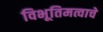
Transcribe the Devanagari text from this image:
विभूतिमत्वाचे